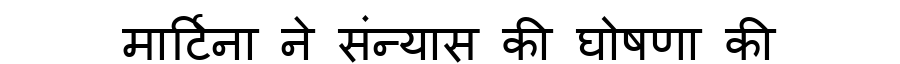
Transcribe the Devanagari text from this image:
मार्टिना ने संन्यास की घोषणा की